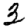
Digit: 3